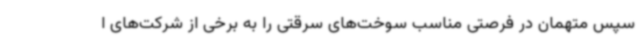
سپس متهمان در فرصتی مناسب سوخت‌های سرقتی را به برخی از شرکت‌های ا